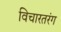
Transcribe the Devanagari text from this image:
विचारतरंग